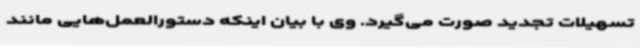
تسهیلات تجدید صورت می‌گیرد. وی با بیان اینکه دستورالعمل‌هایی مانند